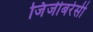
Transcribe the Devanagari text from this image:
जिंजीबरेसी